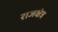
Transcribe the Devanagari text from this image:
राजक्षेत्र